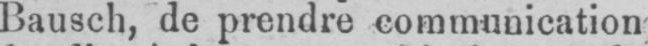
Bausch, de prendre communication